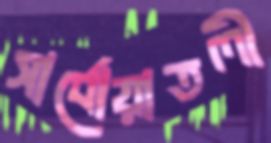
সার্বোয়াতলী